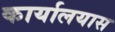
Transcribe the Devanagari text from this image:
कार्यालयास